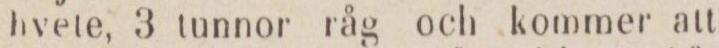
hvete, 3 tunnor råg och kommer att